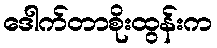
ဒေါက်တာစိုးထွန်းက